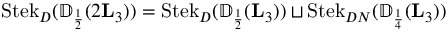
\operatorname { S t e k } _ { D } ( { \mathbb { D } } _ { \scriptscriptstyle { \frac { 1 } { 2 } } } ( 2 \mathbf L _ { 3 } ) ) = \operatorname { S t e k } _ { D } ( { \mathbb { D } } _ { \scriptscriptstyle { \frac { 1 } { 2 } } } ( \mathbf L _ { 3 } ) ) \sqcup \operatorname { S t e k } _ { D N } ( { \mathbb { D } } _ { \scriptscriptstyle { \frac { 1 } { 4 } } } ( \mathbf L _ { 3 } ) )